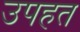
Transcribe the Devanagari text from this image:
उपहत